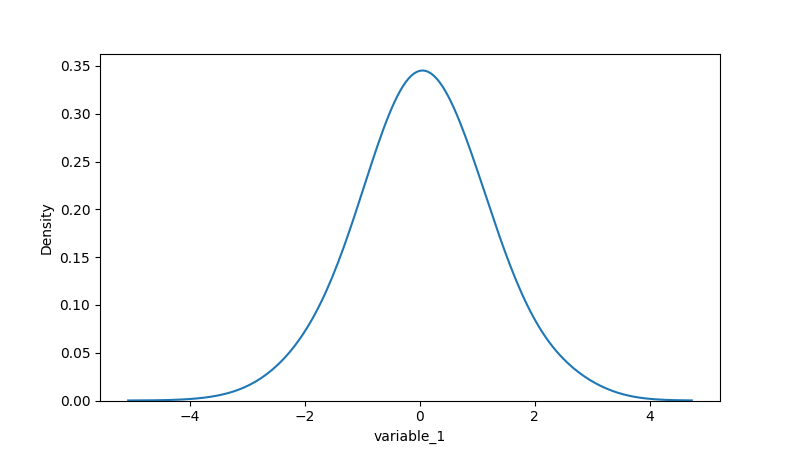
python, seaborn, kdeplot, hue='None', fill=False, bw_adjust=2.0